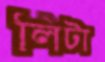
লিটা